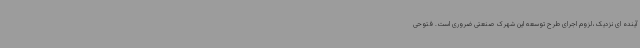
آینده ای نزدیک ،لزوم اجرای طرح توسعه این شهرک صنعتی ضروری است. فتوحی